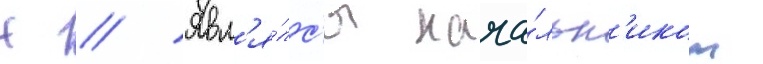
Н // Явл'я́лс'я нача́льн'иком